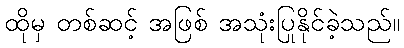
ထိုမှ တစ်ဆင့် အဖြစ် အသုံးပြုနိုင်ခဲ့သည်။